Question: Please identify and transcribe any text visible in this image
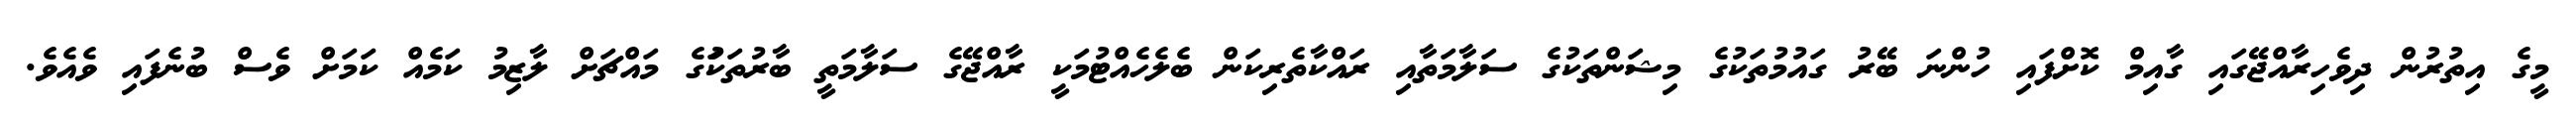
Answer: މީގެ އިތުރުން ދިވެހިރާއްޖޭގައި ގާއިމް ކޮށްފައި ހުންނަ ބޭރު ގައުމުތަކުގެ މިޝަންތަކުގެ ސަލާމަތާއި ރައްކާތެރިކަން ބެލެހެއްޓުމަކީ ރާއްޖޭގެ ސަލާމަތީ ބާރުތަކަުގެ މައްޗަށް ލާޒިމު ކަމެއް ކަމަށް ވެސް ބުނެފައި ވެއެވެ.